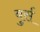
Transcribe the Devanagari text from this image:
बुर्स